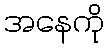
အနေကို